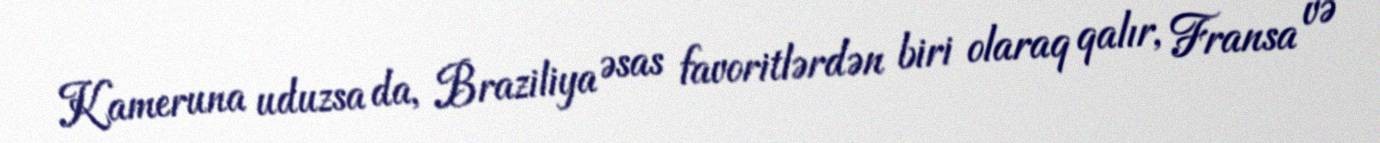
Kameruna uduzsa da, Braziliya əsas favoritlərdən biri olaraq qalır, Fransa və